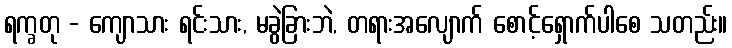
ရက္ခတု - ကျောသား ရင်းသား, မခွဲခြားဘဲ, တရားအလျောက် စောင့်ရှောက်ပါစေ သတည်း။